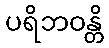
ပရိဘဝန္တိ